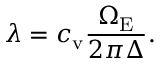
\lambda = c _ { \mathrm { v } } \frac { \Omega _ { \mathrm { E } } } { 2 \pi \Delta } .